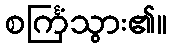
စင်္ကြံသွား၏။